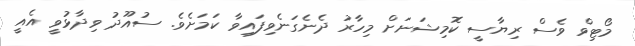
މޯޓިވް ވެސް ރިޔާސީ ކޮމިޝަނަށް މިހާރު ދެނެގަނެވިފައިވާ ކަމަށެވެ. ސުއޫދު ވިދާޅުވީ އެއީ